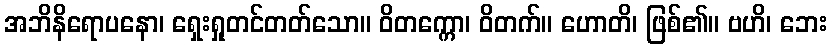
အဘိနိရောပနော၊ ရှေးရှုတင်တတ်သော။ ဝိတက္ကော၊ ဝိတက်။ ဟောတိ၊ ဖြစ်၏။ ဗဟိ၊ ဘေး